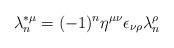
LaTeX: \begin{align*}\lambda ^{*\mu }_n=(-1)^n \eta ^{\mu \nu }\epsilon _{\nu \rho}\lambda ^{\rho}_n\end{align*}